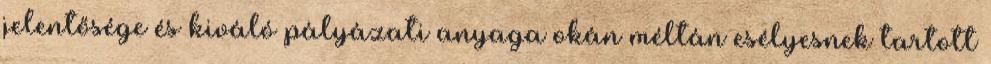
jelentősége és kiváló pályázati anyaga okán méltán esélyesnek tartott